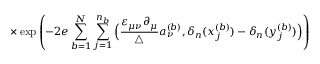
\times \exp \left( - 2 e \sum _ { b = 1 } ^ { N } \sum _ { j = 1 } ^ { n _ { b } } \Big ( \frac { \varepsilon _ { \mu \nu } \partial _ { \mu } } { \triangle } a _ { \nu } ^ { ( b ) } , \delta _ { n } ( x _ { j } ^ { ( b ) } ) - \delta _ { n } ( y _ { j } ^ { ( b ) } ) \Big ) \right)